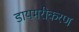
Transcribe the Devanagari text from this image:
डायमरीकरण